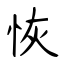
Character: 恢